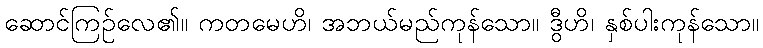
ဆောင်ကြဉ်လေ၏။ ကတမေဟိ၊ အဘယ်မည်ကုန်သော။ ဒွီဟိ၊ နှစ်ပါးကုန်သော။